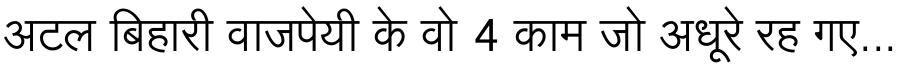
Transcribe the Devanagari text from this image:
अटल बिहारी वाजपेयी के वो 4 काम जो अधूरे रह गए...